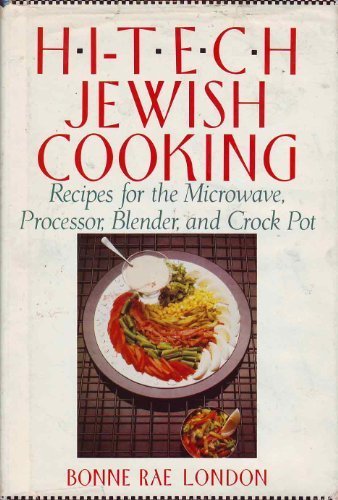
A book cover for Hi-Tech Jewish Cooking: Recipes for the Microwave, Processor, Blender and Crock Pot; Bonne Rae London; Cookbooks, Food & Wine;